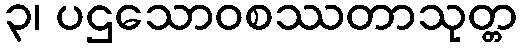
၃၊ ပဌသောဝစဿတာသုတ္တ